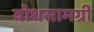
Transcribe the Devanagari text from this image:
बोधसामग्री